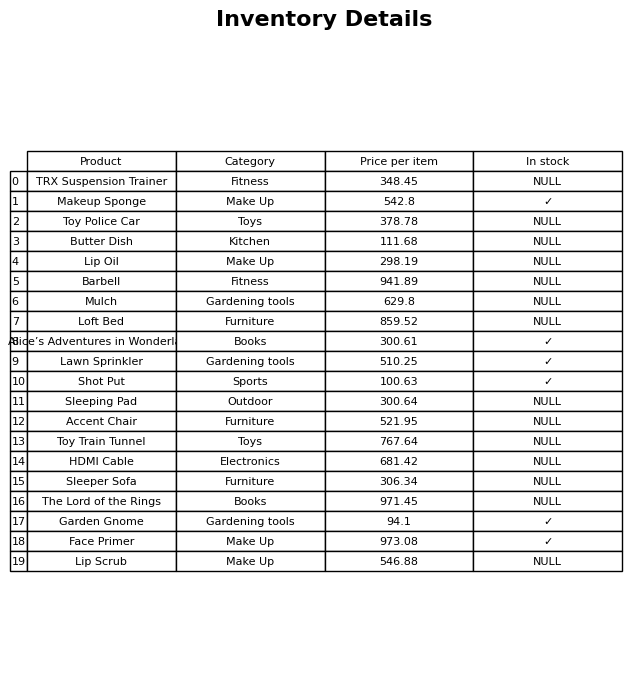
question: What is the price of the Toy Train Tunnel?
answer: The price of Toy Train Tunnel is 767.64.